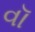
વૉ